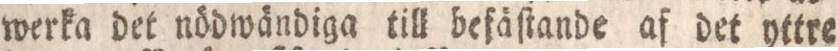
werka det nödwändiga till befäſtande af det yttre